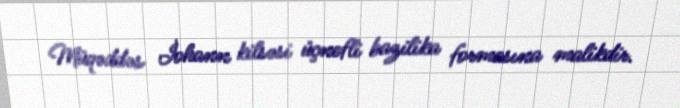
Müqəddəs İohann kilsəsi üçnefli bazilika formasına malikdir.